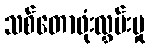
သစ်တောဖုံးလွှမ်းမှု